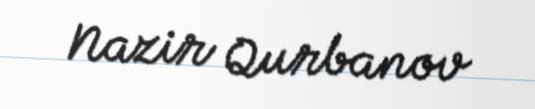
Nazir Qurbanov